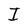
Character: I